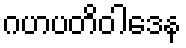
ဂဟပတိဝါဒေန